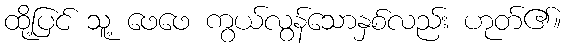
ထို့ပြင် သူ့ ဖေဖေ ကွယ်လွန်သောနှစ်လည်း ဟုတ်၏။